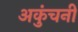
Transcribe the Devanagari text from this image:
अकुंचनी